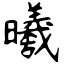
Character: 曦